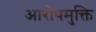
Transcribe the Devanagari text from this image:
आरोपमुक्ति